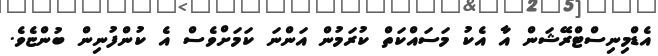
އެޑްމިނިސްޓްރޭޝަން އާ އެކު މަސައްކަތް ކުރަމުން އަންނަ ކަމަށްވެސް އެ ކުންފުނިން ބުންޏެވެ.